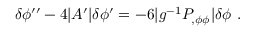
\delta \phi ^ { \prime \prime } - 4 | A ^ { \prime } | \delta \phi ^ { \prime } = - 6 | g ^ { - 1 } P _ { , \phi \phi } | \delta \phi \ .